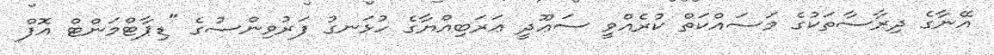
އޭނާގެ ދިރާސާތަކުގެ މަސައްކަތް ކުރެއްވީ ސަޢޫދީ ޢަރަބިއްޔާގެ ހުޅަނގު ފަރުވިންސުގެ "ޑިޕާޓްމަންޓް އޮފް